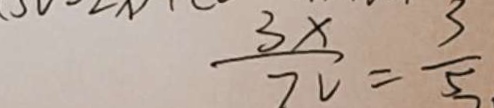
\frac { 3 x } { 7 2 } = \frac { 3 } { 5 }